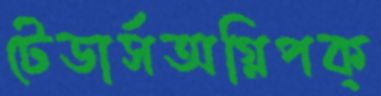
টেডার্সঅগ্নিপক্